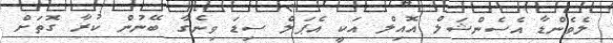
ލެވެންޑާ އެސެންޝަލް އޮއިލް އަކީ އެޕަލް ސިޑަ ވިނެގާ ބޭނުން ކުރާ ގޮތަށް